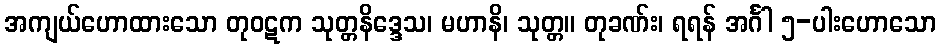
အကျယ်ဟောထားသော တုဝဋက သုတ္တနိဒ္ဒေသ၊ မဟာနိ၊ သုတ္တ။ တုခဏ်း၊ ရရန် အင်္ဂါ ၅-ပါးဟောသော